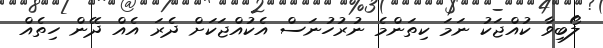
ލޯބިވާ ކުއްޖަކު ނަމަ ކިތަންމެ ނުރުހުނަސް އެކުއްޖަކަށް ދެެރަ އެެއް ދޭން ހިތެއް